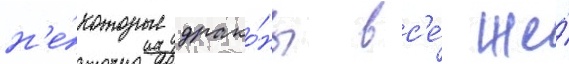
н'е́которые драко́ны вс'е́ же́